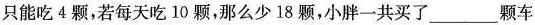
只能吃4颗，若每天吃10颗，那么少18颗，小胖一共买了___颗车